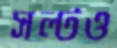
সল্টও